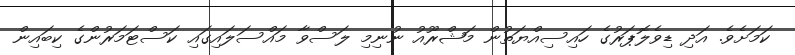
ކަމަށެވެ. އަދި ޑިވެލޮޕަރުގެ ހައިސިއްޔަތުން މަޝްރޫއު ނުނިމި ލަސްވާ މައްސަލައިގައި ކަސްޓަމަރުންގެ ކިބައިން